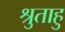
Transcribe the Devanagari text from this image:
श्रुताहु